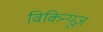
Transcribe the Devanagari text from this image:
विकिन्यूज़